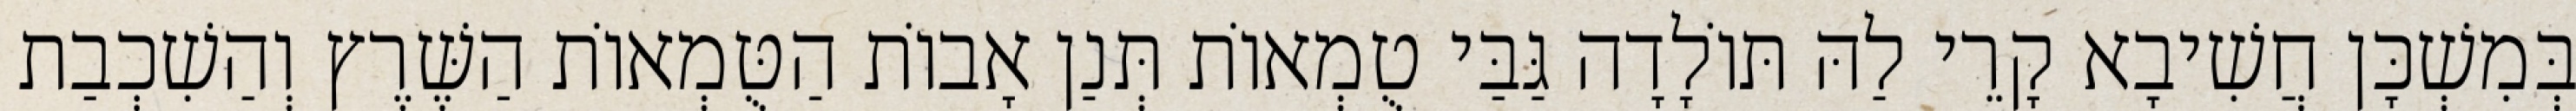
בְּמִשְׁכָּן חֲשִׁיבָא קָרֵי לַהּ תּוֹלָדָה גַּבַּי טֻמְאוֹת תְּנַן אָבוֹת הַטֻּמְאוֹת הַשֶּׁרֶץ וְהַשִׁכְבַת